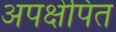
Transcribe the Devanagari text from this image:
अपक्षेपित